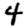
Digit: 4